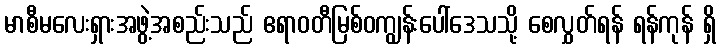
မာစီမလေးရှားအဖွဲ့အစည်းသည် ဧရာဝတီမြစ်ဝကျွန်းပေါ်ဒေသသို့ စေလွှတ်ရန် ရန်ကုန် ရှိ